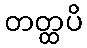
တတ္ထပိ